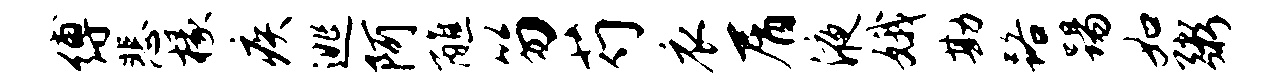
缚悲椽疾逃阿醮笏芍衣屑液娥勘路踢如粥